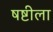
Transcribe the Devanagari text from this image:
षष्टीला